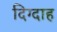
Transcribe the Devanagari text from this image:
दिग्दाह